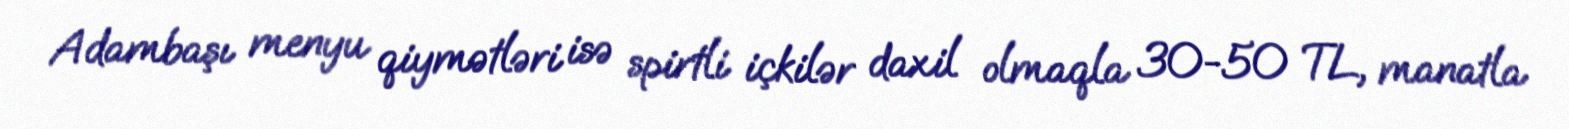
Adambaşı menyu qiymətləri isə spirtli içkilər daxil olmaqla 30-50 TL, manatla